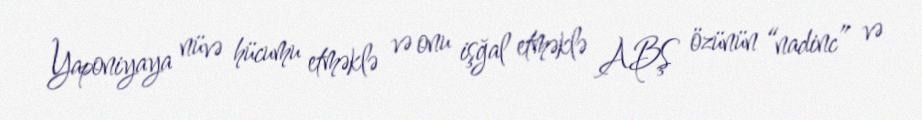
Yaponiyaya nüvə hücumu etməklə və onu işğal etməklə ABŞ özünün “nadinc” və